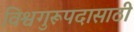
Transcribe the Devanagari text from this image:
विश्वगुरूपदासाठी